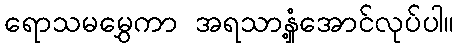
ရောသမမွှေကာ အရသာနှံ့အောင်လုပ်ပါ။